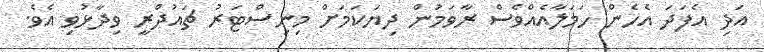
އަދި އެފަދަ އެހެން ހަމަލާއެއްވެސް ރާވަމުން ދިޔަކަމަށް މިނިސްޓަރު ޗައުދްރީ ވިދާޅުވި އެވެ.